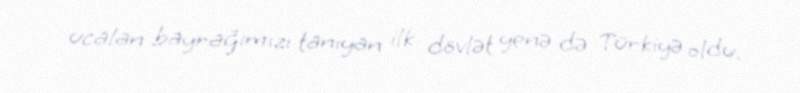
ucalan bayrağımızı tanıyan ilk dövlət yenə də Türkiyə oldu.